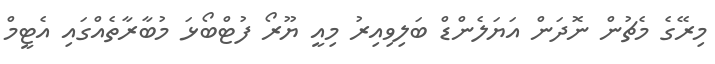
މިރޭގެ މެޗުން ނޮދަން އަޔަލެންޑް ބަލިވިއިރު މިއީ ޔޫރޯ ފުޓްބޯޅަ މުބާރާތެއްގައި އެޓީމް